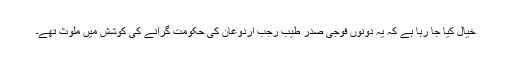
خیال کیا جا رہا ہے کہ یہ دونوں فوجی صدر طیب رجب اردوغان کی حکومت گرانے کی کوشش میں ملوث تھے۔